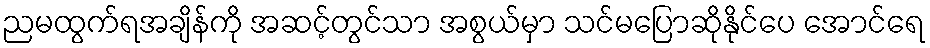
ညမထွက်ရအချိန်ကို အဆင့်တွင်သာ အစွယ်မှာ သင်မပြောဆိုနိုင်ပေ အောင်ရေ